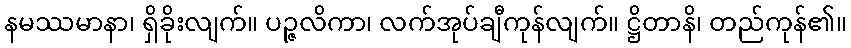
နမဿမာနာ၊ ရှိခိုးလျက်။ ပဉ္ဇလိကာ၊ လက်အုပ်ချီကုန်လျက်။ ဋ္ဌိတာနိ၊ တည်ကုန်၏။